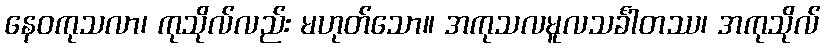
နေဝကုသလာ၊ ကုသိုလ်လည်း မဟုတ်သော။ အကုသလမူလသင်္ခါတဿ၊ အကုသိုလ်